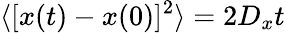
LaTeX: \langle[x(t)-x(0)]^{2}\rangle=2D_{x}t